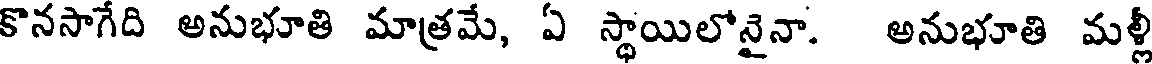
కొనసాగేది అనుభూతి మాత్రమే, ఏ స్థాయిలోనైనా. అనుభూతి మళ్లీ